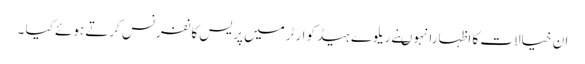
ان خیالات کا اظہارانہوںنے ریلوے ہیڈ کوارٹرمیں پریس کانفرنس کرتے ہوئے کیا ۔